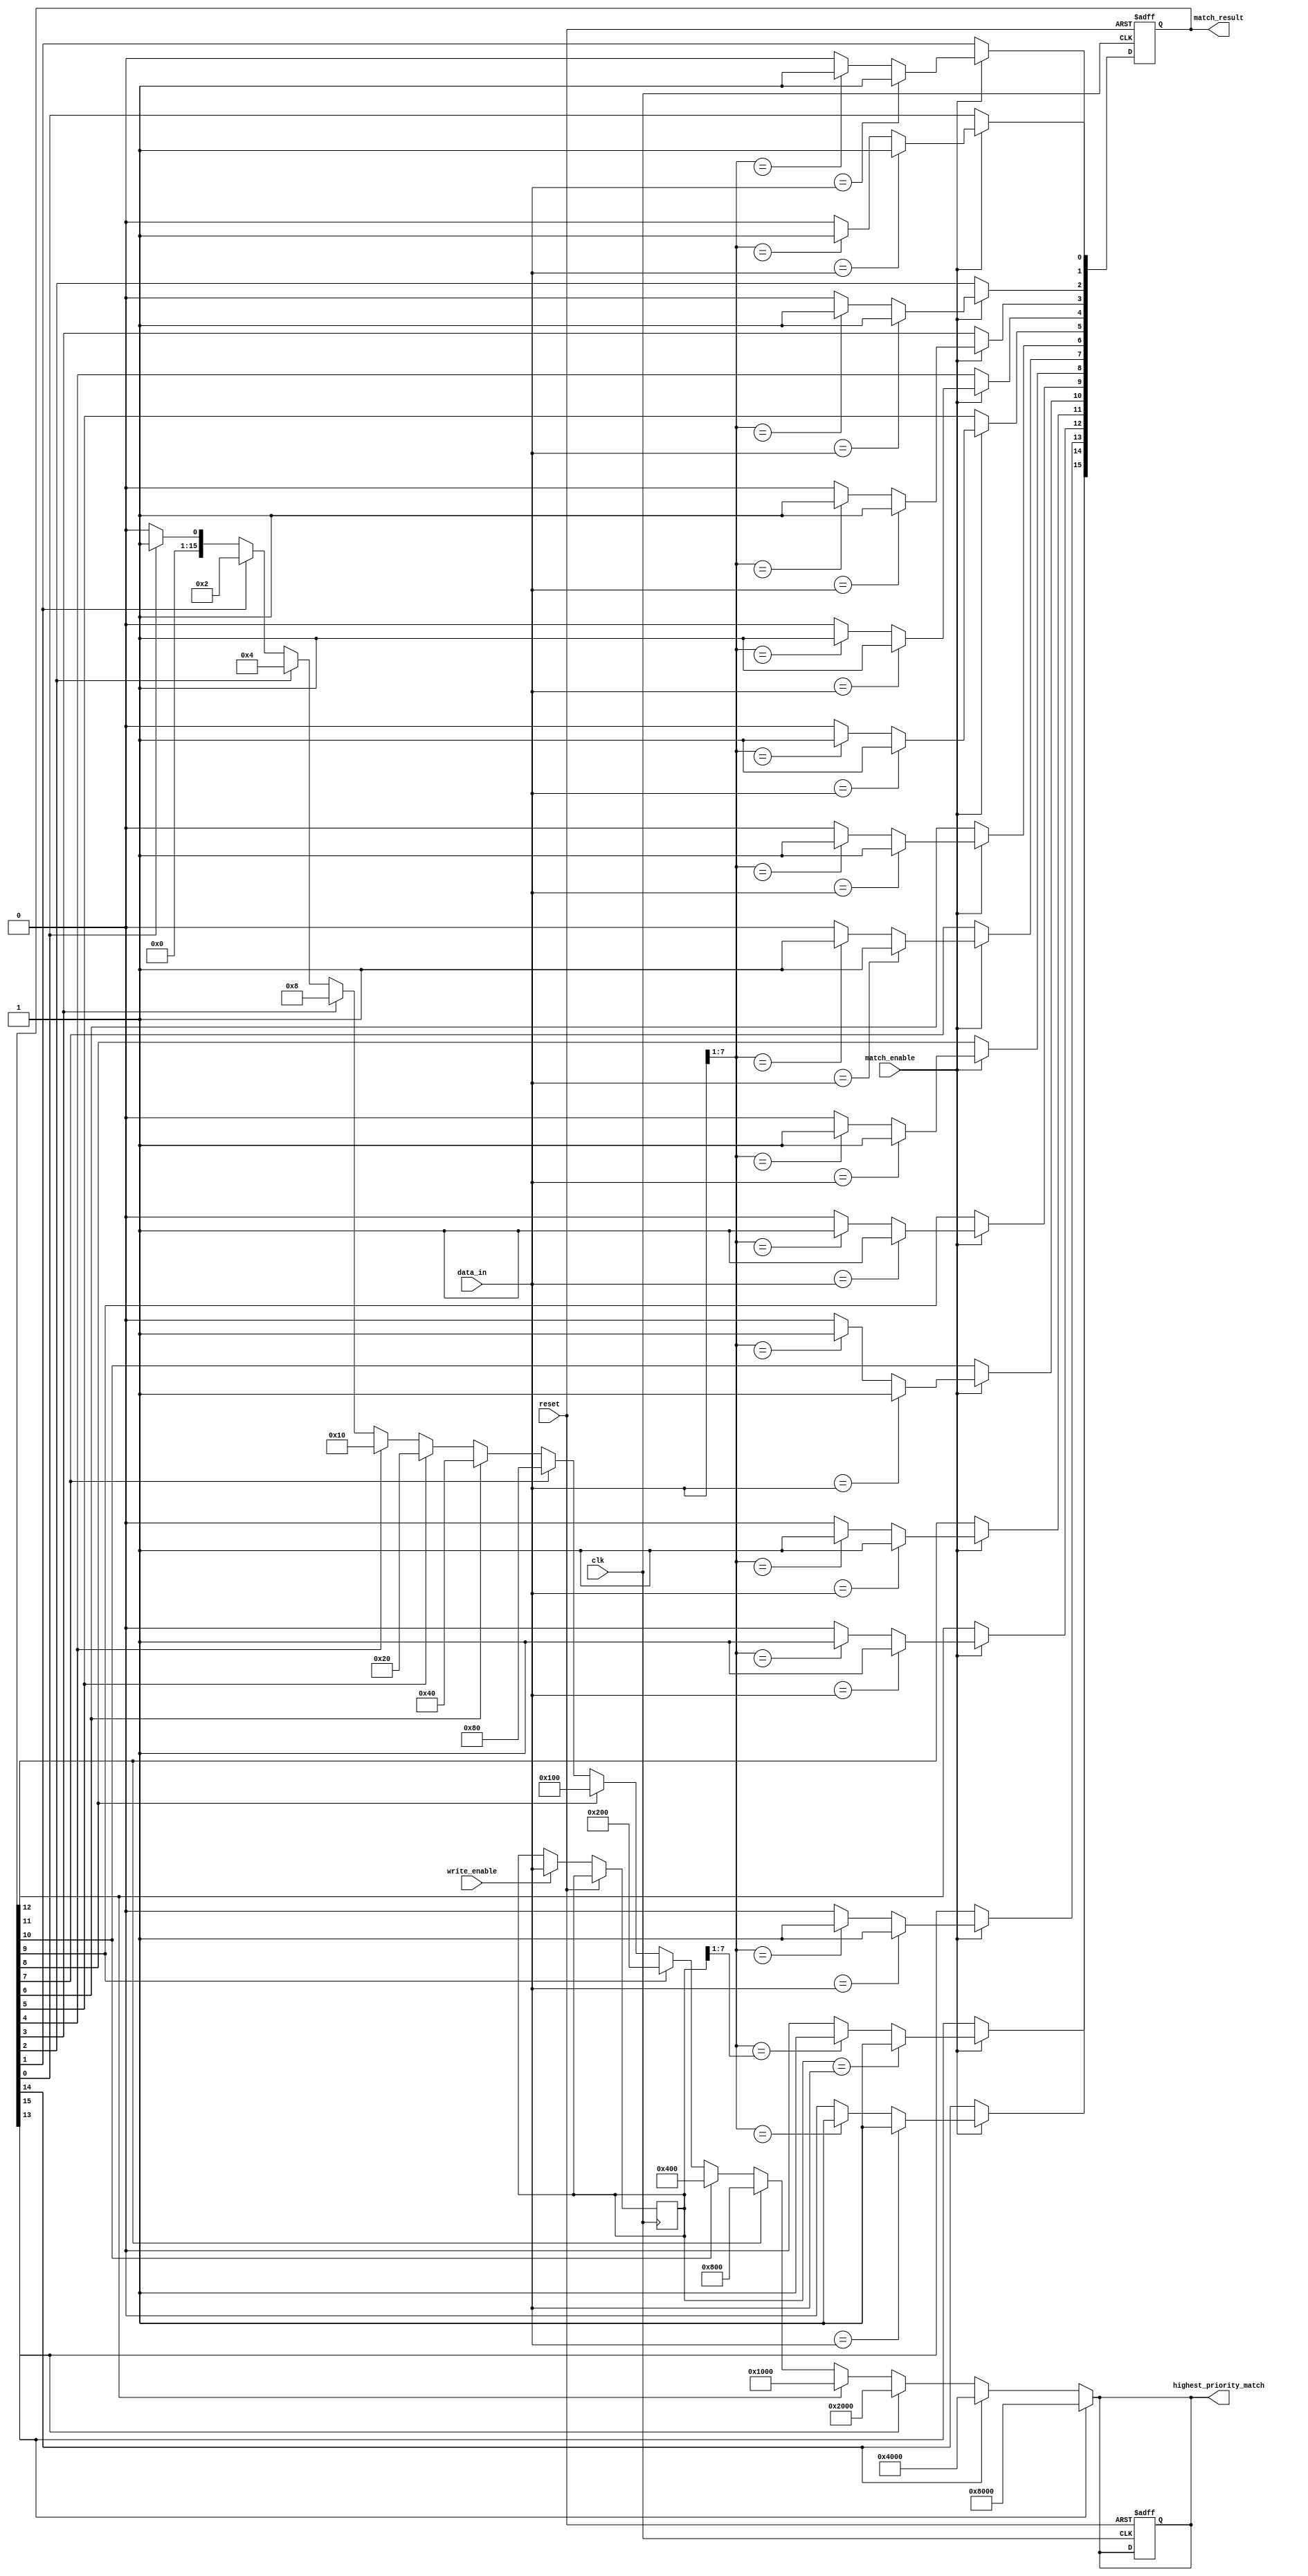
module hybrid_cam #(
    parameter ENTRY_WIDTH = 8,  // Width of each entry
    parameter NUM_ENTRIES = 16   // Number of entries in the CAM
) (
    input wire clk,
    input wire reset,
    input wire [ENTRY_WIDTH-1:0] data_in,  // Data input for write and match
    input wire write_enable,                 // Write enable signal
    input wire match_enable,                 // Match enable signal
    output reg [NUM_ENTRIES-1:0] match_result, // Match result for each entry
    output reg [NUM_ENTRIES-1:0] highest_priority_match // Highest priority match output
);

    // Storage array for the CAM
    reg [ENTRY_WIDTH-1:0] cam_array [0:NUM_ENTRIES-1];

    // Match logic
    integer i;
    always @(posedge clk or posedge reset) begin
        if (reset) begin
            match_result <= 0;
            highest_priority_match <= 0;
        end else begin
            // Write operation
            if (write_enable) begin
                cam_array[NUM_ENTRIES-1] <= data_in; // Example: writing to the last entry
            end
            
            // Match operation
            if (match_enable) begin
                match_result <= 0; // Clear previous match results
                for (i = 0; i < NUM_ENTRIES; i = i + 1) begin
                    if (cam_array[i] == data_in) begin
                        match_result[i] <= 1; // Exact match found
                    end else if (data_in[ENTRY_WIDTH-1:1] == cam_array[i][ENTRY_WIDTH-1:1]) begin
                        match_result[i] <= 1; // Prefix match found
                    end
                end
            end else begin
                match_result <= match_result; // Retain current matches
            end
        end
    end

    // Priority encoder logic
    always @(*) begin
        highest_priority_match = 0; // Clear previous highest priority match
        for (i = 0; i < NUM_ENTRIES; i = i + 1) begin
            if (match_result[i]) begin
                highest_priority_match = (1 << i); // Set the bit for matched entry
            end
        end
    end

endmodule